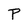
Character: P